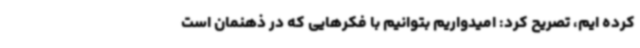
کرده ایم، تصریح کرد: امیدواریم بتوانیم با فکرهایی که در ذهنمان است